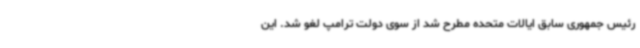
رئیس جمهوری سابق ایالات متحده مطرح شد از سوی دولت ترامپ لغو شد. این